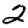
Digit: 2